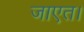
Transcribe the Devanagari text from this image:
जाएत।